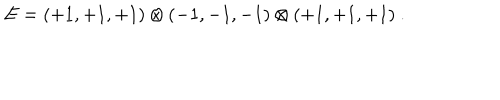
E = ( + 1 , + 1 , + 1 ) \otimes ( - 1 , - 1 , - 1 ) \otimes ( + 1 , + 1 , + 1 ) ~ . ~ \,